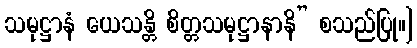
သမုဋ္ဌာနံ ယေသန္တိ စိတ္တသမုဋ္ဌာနာနိ” စသည်ပြု။]